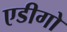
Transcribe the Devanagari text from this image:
एडीगो